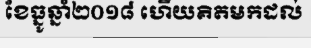
ខែធ្នូឆ្នាំ២០១៨ ហើយគិតមកដល់